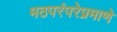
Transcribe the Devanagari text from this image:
मठपरंपरेप्रमाणे